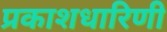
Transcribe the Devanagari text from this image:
प्रकाशधारिणी